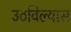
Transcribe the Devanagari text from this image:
उठविल्यास